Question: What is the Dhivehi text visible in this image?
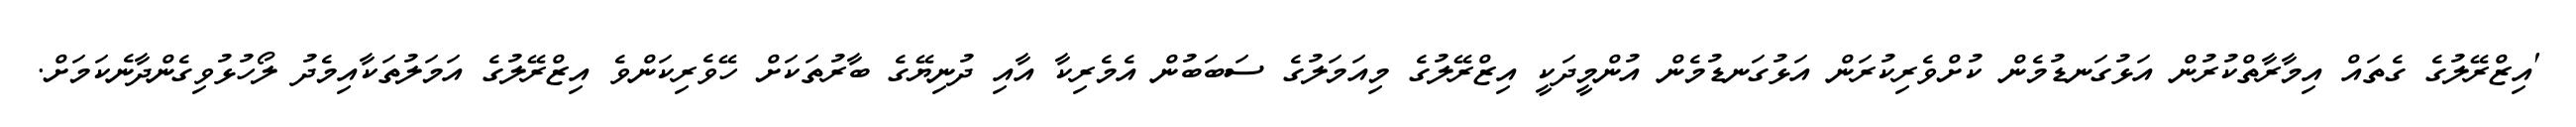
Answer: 'އިޒްރޭލުގެ ގެތައް އިމާރާތްކުރުން އަޅުގަނޑުމެން ކުށްވެރިކުރަން އަޅުގަނޑުމެން އުންމީދަކީ އިޒްރޭލުގެ މިއަމަލުގެ ސަބަބުން އެމެރިކާ އާއި ދުނިޔޭގެ ބާރުތަކަށް ހޭވެރިކަންވެ އިޒްރޭލުގެ އަމަލުތަކާއިމެދު ލޯހުޅުވިގެންދާނެކަމަށް.